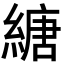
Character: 䌅